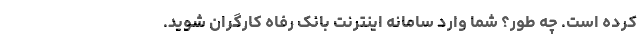
کرده است. چه طور؟ شما وارد سامانه اینترنت بانک رفاه کارگران شوید.